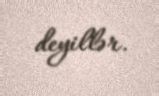
deyillər.